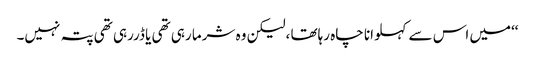
‘‘میں اس سے کہلوانا چاہ رہاتھا ،لیکن وہ شرما رہی تھی یا ڈررہی تھی پتہ نہیں۔